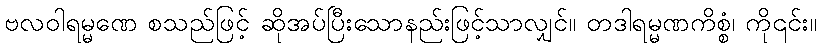
ဗလဝါရမ္မဏေ စသည်ဖြင့် ဆိုအပ်ပြီးသောနည်းဖြင့်သာလျှင်။ တဒါရမ္မဏကိစ္စံ၊ ကို၎င်း။